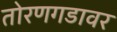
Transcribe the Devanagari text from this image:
तोरणगडावर